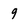
Character: 9